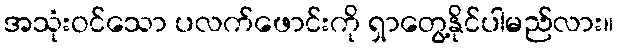
အသုံးဝင်သော ပလက်ဖောင်းကို ရှာတွေ့နိုင်ပါမည်လား။